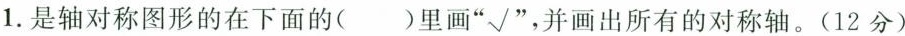
1.是轴对称图形的在下面的()里画“√”，并画出所有的对称轴。(12分)